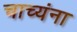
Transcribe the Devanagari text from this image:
चाच्यंना